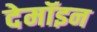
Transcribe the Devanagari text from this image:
देमॉइन